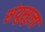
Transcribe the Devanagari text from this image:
संयुसुला